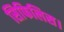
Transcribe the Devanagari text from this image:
सिफिलिस।